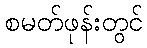
စမတ်ဖုန်းတွင်